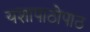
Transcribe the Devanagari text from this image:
यशापाठोपाठ